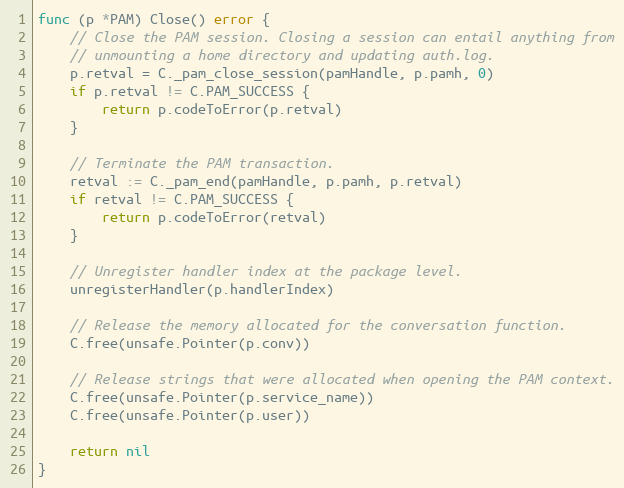
Language: Go
func (p *PAM) Close() error {
	// Close the PAM session. Closing a session can entail anything from
	// unmounting a home directory and updating auth.log.
	p.retval = C._pam_close_session(pamHandle, p.pamh, 0)
	if p.retval != C.PAM_SUCCESS {
		return p.codeToError(p.retval)
	}

	// Terminate the PAM transaction.
	retval := C._pam_end(pamHandle, p.pamh, p.retval)
	if retval != C.PAM_SUCCESS {
		return p.codeToError(retval)
	}

	// Unregister handler index at the package level.
	unregisterHandler(p.handlerIndex)

	// Release the memory allocated for the conversation function.
	C.free(unsafe.Pointer(p.conv))

	// Release strings that were allocated when opening the PAM context.
	C.free(unsafe.Pointer(p.service_name))
	C.free(unsafe.Pointer(p.user))

	return nil
}